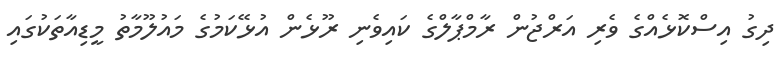
ދިގު އިސްކޮޅެއްގެ ވެރި އަރްޖުން ރާމްޕާލްގެ ކައިވެނި ރޫޅެން އުޅޭކަމުގެ މައުލޫމާތު މީޑިއާތަކުގައި